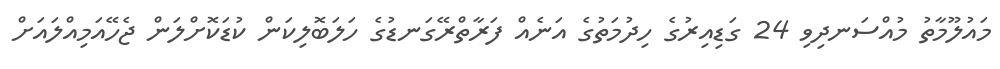
މައުލޫމާތު މުއްސަނދިވި 24 ގަޑިއިރުގެ ހިދުމަތުގެ އަނެއް ފަރާތްރޭގަނޑުގެ ހަލަބޮލިކަން ކުޑަކޮށްލަން ޖެހޭއަމިއްލައަށް